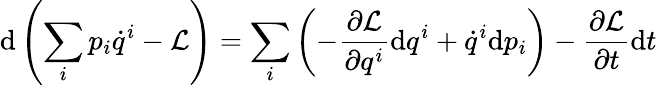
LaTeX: \mathrm{d}\left(\sum_{i}p_{i}{\dot{q}}^{i}-{\mathcal{L}}\right)=\sum_{i}\left(-{\frac{\partial{\mathcal{L}}}{\partial q^{i}}}\mathrm{d}q^{i}+{\dot{q}}^{i}\mathrm{d}p_{i}\right)-{\frac{\partial{\mathcal{L}}}{\partial t}}\mathrm{d}t